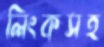
লিংকসহ